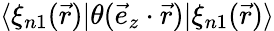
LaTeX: \langle\xi_{n1}(\vec{r})|\theta(\vec{e}_{z}\cdot\vec{r})|\xi_{n1}(\vec{r})\rangle